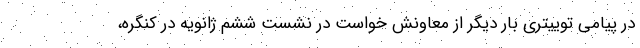
در پیامی توییتری بار دیگر از معاونش خواست در نشست ششم ژانویه در کنگره،